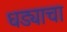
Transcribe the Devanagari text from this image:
धड्याचा